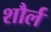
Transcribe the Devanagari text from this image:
शौर्ल